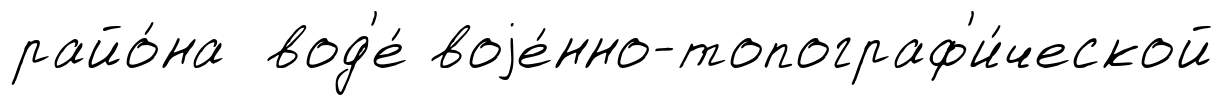
райо́на вод'е́ воjе́нно-топограф'и́ческой